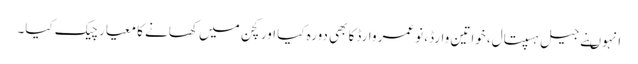
انہوںنے جیل ہسپتال، خواتین وارڈ، نوعمر وارڈکا بھی دورہ کیا اور کچن میں کھانے کا معیار چیک کیا۔